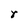
Character: r